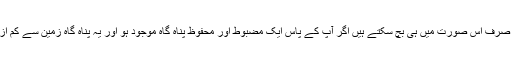
کہا جا رہا ہے کہ آپ ایٹمی حملے اور اس کے اثرات سے صرف اس صورت میں ہی بچ سکتے ہیں اگر آپ کے پاس ایک مضبوط اور محفوظ پناہ گاہ موجود ہو اور یہ پناہ گاہ زمین سے کم از کم دس فٹ نیچے تہہ خانے کی صورت میں ہونی چاہیے۔